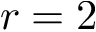
r = 2